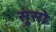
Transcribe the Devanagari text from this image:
सूंसो